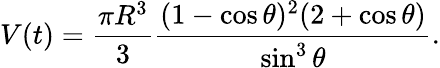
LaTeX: V(t)={\frac{\pi R^{3}}{3}}{\frac{(1-\cos\theta)^{2}(2+\cos\theta)}{\sin^{3}\theta}}.